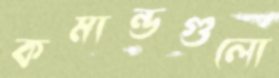
কমান্ডগুলো